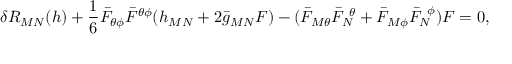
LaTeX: \delta R _ { M N } ( h ) + { \frac { 1 } { 6 } } \bar { F } _ { \theta \phi } \bar { F } ^ { \theta \phi } ( h _ { M N } + 2 \bar { g } _ { M N } { \cal F } ) - ( \bar { F } _ { M \theta } \bar { F } _ { N } ^ { ~ \theta } + \bar { F } _ { M \phi } \bar { F } _ { N } ^ { ~ \phi } ) { \cal F } = 0 ,